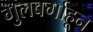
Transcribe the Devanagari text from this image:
गुलबर्गाहून